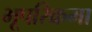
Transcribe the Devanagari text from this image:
भूपरिक्रमा